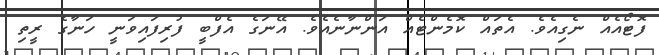
ފޮޓޯއެއް ނެގިއެވެ. އެތައް ކޮމެންޓެއް އަންނާނެއެވެ. އޭނަގެ އެފްބީ ފުރިފައިވަނީ ހަނާގެ ރީތި